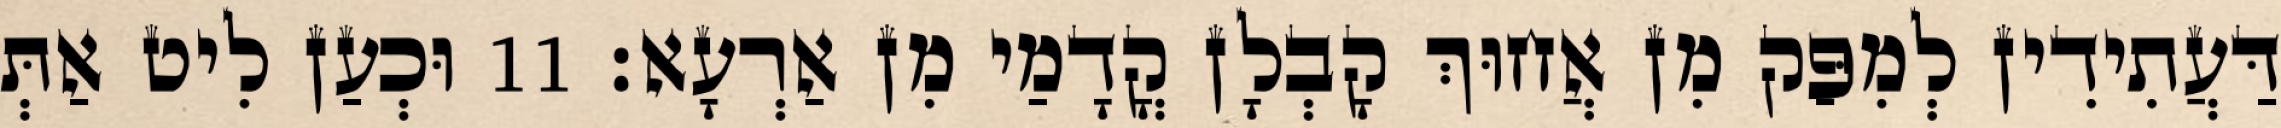
דַּעֲתִידִין לְמִפַּק מִן אֲחוּךְ קָבְלָן קֳדָמַי מִן אַרְעָא׃ 11 וּכְעַן לִיט אַתְּ